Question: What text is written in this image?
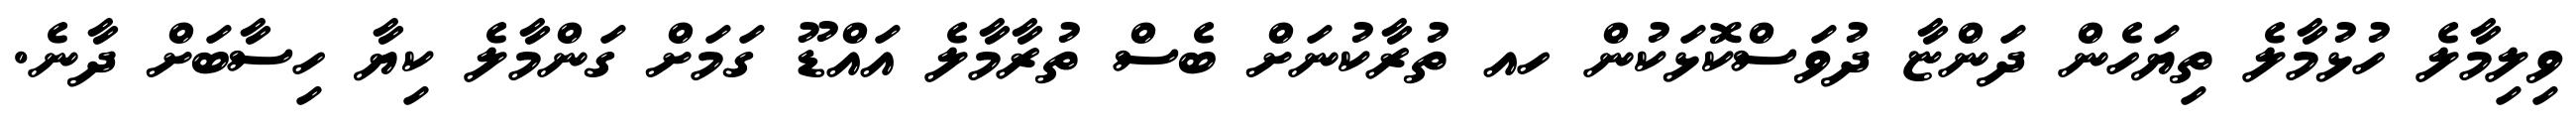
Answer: ވިލިމާލެ ހުޅުމާލެ ތިޔަހެން ދަންޏާ ދުވަސްކޮޅަކުން ހއ ތުރާކުނަށް ބެސް ތުރާމާލެ އައްޑޫ ގަމަށް ގަންމާލެ ކިޔާ ހިސާބަށް ދާނެ.